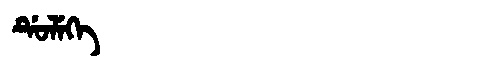
Manchu: ᡩᡠᠯᡝᡴᡝ
Romanization: DULEKE